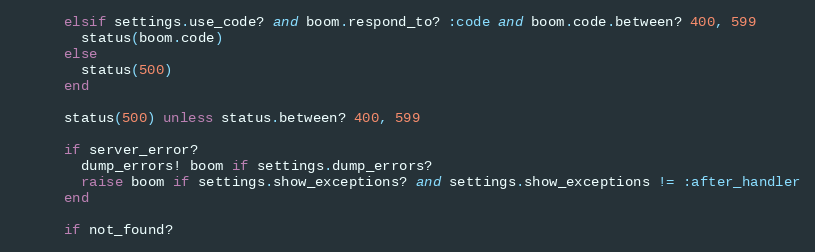
Language: Ruby
      elsif settings.use_code? and boom.respond_to? :code and boom.code.between? 400, 599
        status(boom.code)
      else
        status(500)
      end

      status(500) unless status.between? 400, 599

      if server_error?
        dump_errors! boom if settings.dump_errors?
        raise boom if settings.show_exceptions? and settings.show_exceptions != :after_handler
      end

      if not_found?